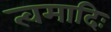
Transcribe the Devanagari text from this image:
त्वमादिः